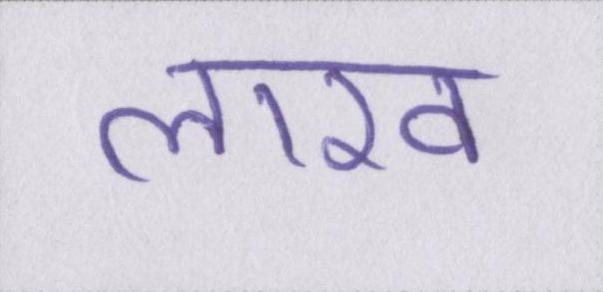
लाख